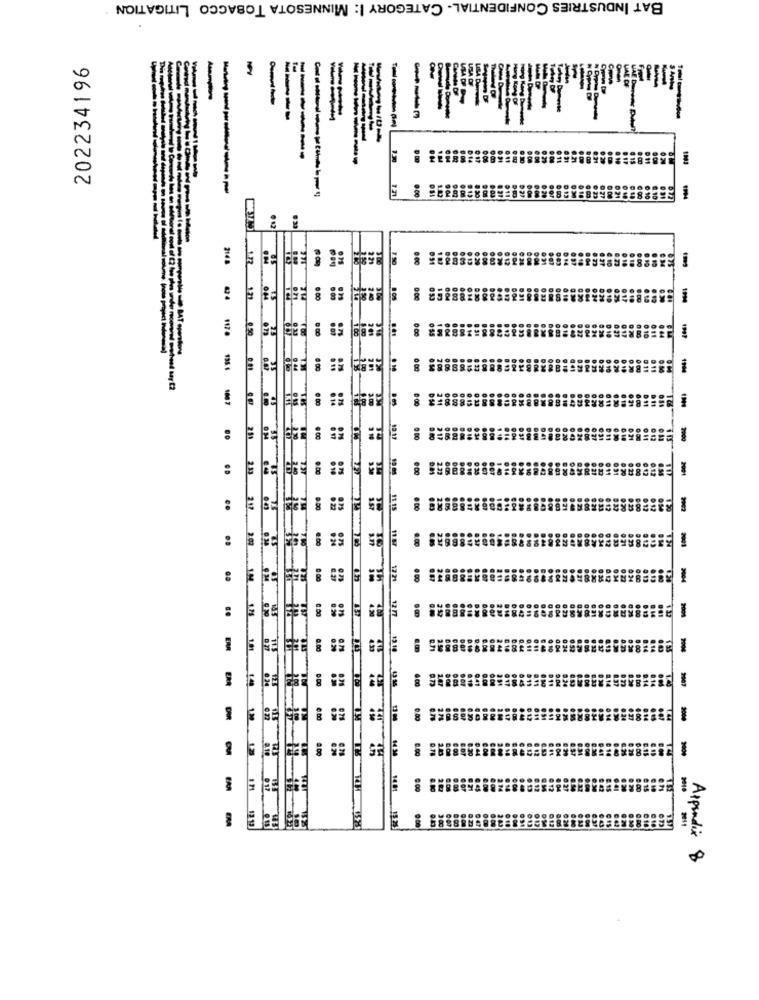
BAT INDUSTRIES CONFIDENTIAL- CATEGORY I: MINNESOTA TOBACCO LITIGATION
202234196
---
-- 3
------
19
-------
0.00
2148
7.50
-
1170
050 001
1007
2900
9:00
9:50
11 15
:
:
1721
8
..
0.00
9004
OM
8.00
14.30
14 81
12.13
Appendix 8